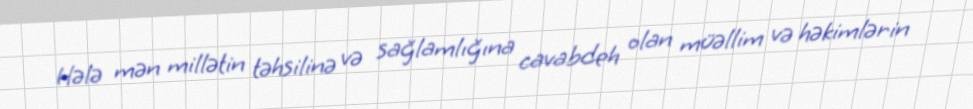
Hələ mən millətin təhsilinə və sağlamlığına cavabdeh olan müəllim və həkimlərin